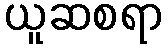
ယူဆစရာ